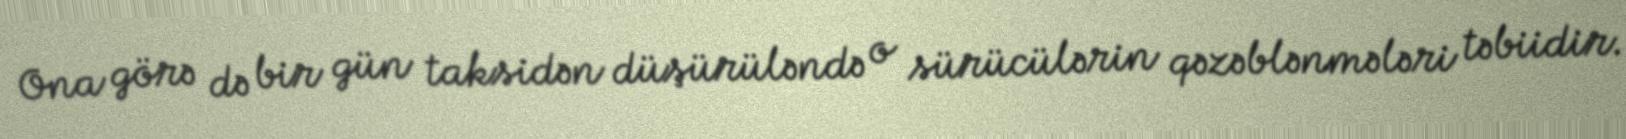
Ona görə də bir gün taksidən düşürüləndə o sürücülərin qəzəblənmələri təbiidir.